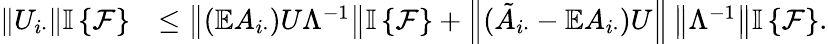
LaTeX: \begin{array}{rl}{\left\| {U_{i\cdot}}\right\| {\mathbb{I}\left\{ {\mathcal{F}}\right\} }}&{\leq\left\| {(\mathbb{E}A_{i\cdot})U\Lambda^{-1}}\right\| {\mathbb{I}\left\{ {\mathcal{F}}\right\} }+\left\| {(\tilde{A}_{i\cdot}-\mathbb{E}A_{i\cdot})U}\right\| \left\| {\Lambda^{-1}}\right\| {\mathbb{I}\left\{ {\mathcal{F}}\right\} }.}\end{array}